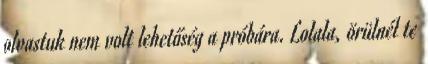
olvastuk nem volt lehetőség a próbára. Lolala, örülnél te